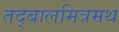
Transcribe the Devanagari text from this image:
तद्बालमित्रमथ